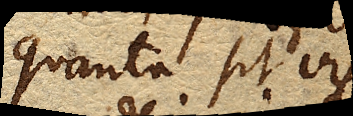
quanta sit vis